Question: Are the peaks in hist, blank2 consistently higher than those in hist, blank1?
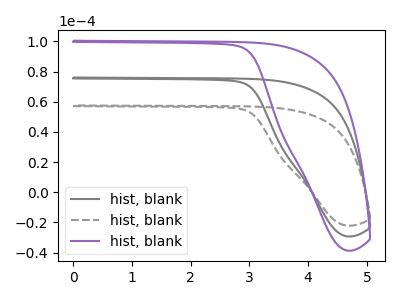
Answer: <think>The gray curve "hist, blank1" has no peaks. The gray dashed curve "hist, blank2" has no peaks. The purple curve "hist, blank3" has no peaks.</think>
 <answer>Niether CV has any peaks.</answer>
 <eval>blanks</eval>